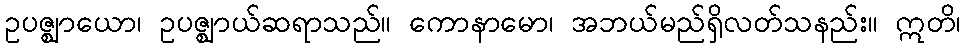
ဥပဇ္ဈာယော၊ ဥပဇ္ဈာယ်ဆရာသည်။ ကောနာမော၊ အဘယ်မည်ရှိလတ်သနည်း။ ဣတိ၊